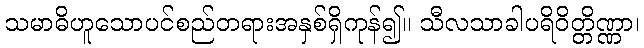
သမာဓိဟူသောပင်စည်တရားအနှစ်ရှိကုန်၍။ သီလသာခါပရိဝိတ္တိဏ္ဏာ၊